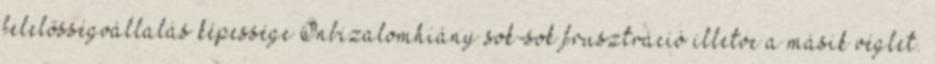
felelősségvállalás képessége Önbizalomhiány sok-sok frusztráció illetve a másik véglet.